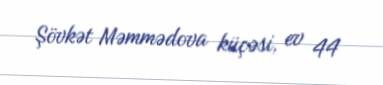
Şövkət Məmmədova küçəsi, ev 44